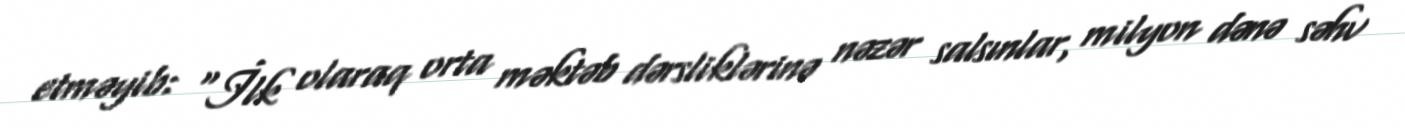
etməyib: “İlk olaraq orta məktəb dərsliklərinə nəzər salsınlar, milyon dənə səhv